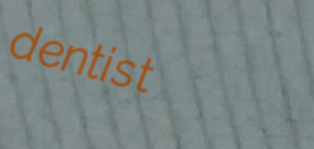
dentist